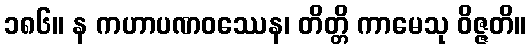
၁၈၆။ န ကဟာပဏဝဿေန၊ တိတ္တိ ကာမေသု ဝိဇ္ဇတိ။